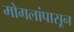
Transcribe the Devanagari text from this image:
मोगलांपासून